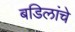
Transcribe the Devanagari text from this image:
बडिलांचे